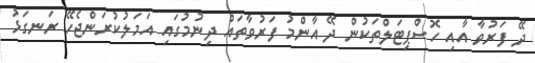
ދޭ ފަރުވާ އާއި ހޮސްޕިޓަލްތަކުން ދޭ އާންމު ފަރުވާތައް ދިނުމުގައި އަމަލުކުރަންޖެހޭ ރަނގަޅު